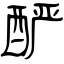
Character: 酽